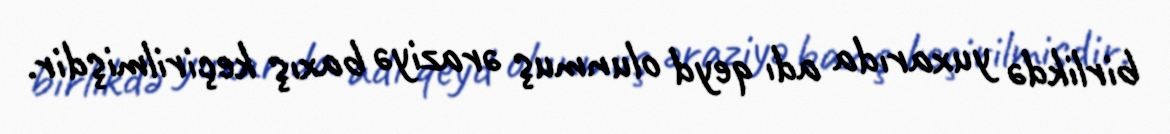
birlikdə yuxarıda adı qeyd olunmuş əraziyə baxış keçirilmişdir.